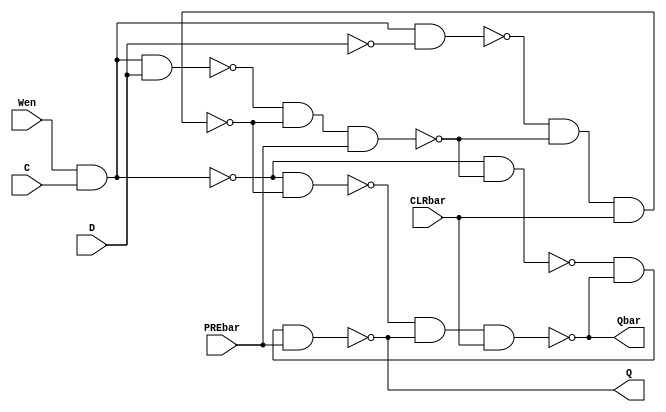
module DFF_PC(Q, Qbar, C, D, PREbar, CLRbar, Wen);
	input D, C, PREbar, CLRbar, Wen;
	output Q, Qbar;
	wire clock;
	wire databar, clockbar;
	wire master_nand1, master_nand2;
	wire nand1, nand2;
	wire master_q, master_qbar;
	and #1  (clock, Wen, C);
	not #1	(databar, D);
	not #1	(clockbar, clock);
	//Master
	nand #1 m1(master_nand1,clock, D);
	nand #1 m2(master_nand2,clock, databar);
	nand #1 m3(master_qbar,master_nand2,master_q, CLRbar); //Clear Master
	nand #1 m4(master_q,master_nand1,master_qbar, PREbar);//Clear Slave
	//Slave
	nand #1 s1(nand1,clockbar, master_q);
	nand #1 s2(nand2,clockbar, master_qbar);
	nand #1 s3(Qbar,nand2,Q, CLRbar);
	nand #1 s4(Q,nand1,Qbar,PREbar);
	endmodule